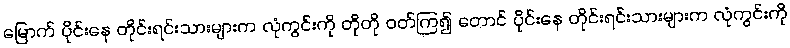
မြောက် ပိုင်းနေ တိုင်းရင်းသားများက လုံကွင်းကို တိုတို ဝတ်ကြ၍ တောင် ပိုင်းနေ တိုင်းရင်းသားများက လုံကွင်းကို